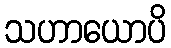
သဟာယောပိ